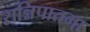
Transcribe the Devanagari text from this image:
सन्निपातमा